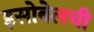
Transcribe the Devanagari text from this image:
इसोबेलची